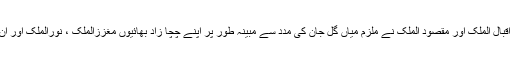
گزشتہ سال 4مئی کو اوسیاک دروش میں جائداد کے تنازعے پر اقبال الملک اور مقصود الملک نے ملزم میاں گل جان کی مدد سے مبینہ طور پر اپنے چچا زاد بھائیوں مغززالملک ، نورالملک اور ان کے نو عمر بیٹے سمیع الملک کو فائرنگ کرکے قتل کردیا تھا۔